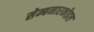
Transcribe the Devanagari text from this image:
सेम्बनारकोइल